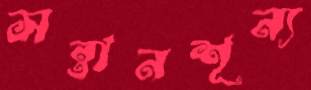
সন্তানশূন্য